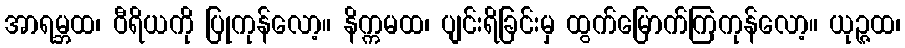
အာရမ္ဘထ၊ ဝီရိယကို ပြုကုန်လော့။ နိက္ကမထ၊ ပျင်းရိခြင်းမှ ထွက်မြောက်ကြကုန်လော့။ ယုဉ္ဇထ၊